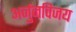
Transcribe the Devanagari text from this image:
अर्जुनविजय